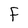
Character: F